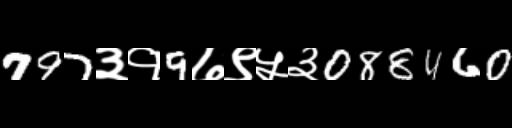
Text: 797३१9७९५३088460